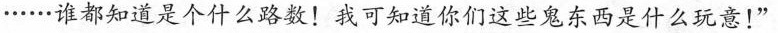
······谁都知道是个什么路数!我可知道你们这些鬼东西是什么玩意!’